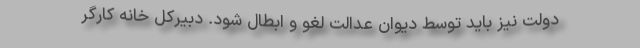
دولت نیز باید توسط دیوان عدالت لغو و ابطال شود. دبیرکل خانه کارگر